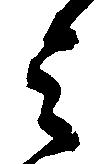
之